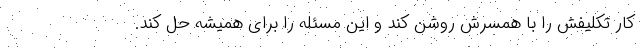
کار تکلیفش را با همسرش روشن کند و این مسئله را برای همیشه حل کند.